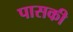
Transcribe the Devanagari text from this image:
पासकी